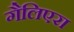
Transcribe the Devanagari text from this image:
गैलिएरा